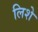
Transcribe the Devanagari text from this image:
लिशे